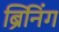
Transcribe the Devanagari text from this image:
ब्रिनिंग